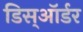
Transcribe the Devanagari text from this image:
डिस्ऑर्डर